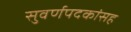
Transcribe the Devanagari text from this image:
सुवर्णपदकांसह